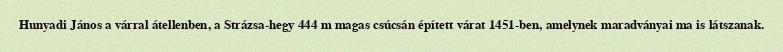
Hunyadi János a várral átellenben, a Strázsa-hegy 444 m magas csúcsán épített várat 1451-ben, amelynek maradványai ma is látszanak.